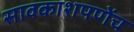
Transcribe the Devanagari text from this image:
सावकाशपणेंच